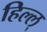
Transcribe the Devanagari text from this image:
हिल्ल्